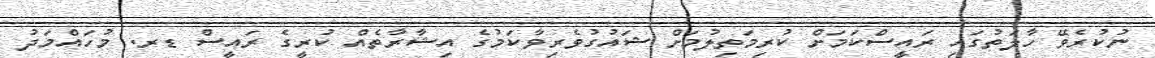
ނުކުރެވޭ ހާލަތުގައި ރައީސްކަމަށް ކުރިމަތިލުމަށް ޝައުގުވެރިވާކަމުގެ އިޝާރާތެއް ކުރީގެ ރައީސް ޑރ. މުހައްމަދު